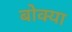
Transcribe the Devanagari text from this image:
बोक्या